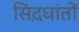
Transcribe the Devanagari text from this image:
सिद़धांतों